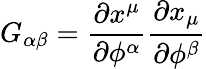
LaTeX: G_{\alpha\beta}={\frac{\partial x^{\mu}}{\partial\phi^{\alpha}}}{\frac{\partial x_{\mu}}{\partial\phi^{\beta}}}